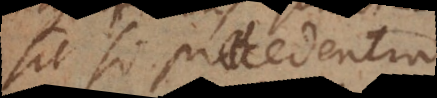
sit si praecedentia